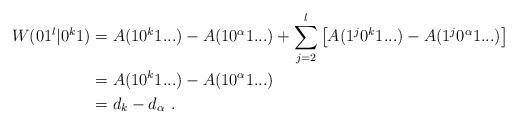
LaTeX: \begin{align*}W(01^l|0^k1 )&= A(10^k1...)-A(10^\alpha1...) + \sum_{j=2}^l \left[ A(1^j0^k1...) - A(1^j0^\alpha1...) \right] \\&= A(10^k1...)-A(10^\alpha1...) \\&= d_{k} - d_\alpha \ .\end{align*}